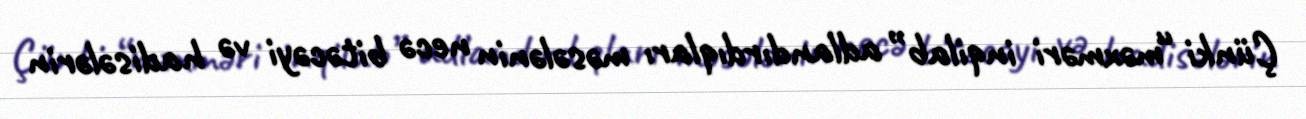
Çünki “məxməri inqilab” adlandırdıqları məsələnin necə bitəcəyi və hadisələrin